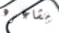
مشاعره